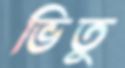
ভিতু